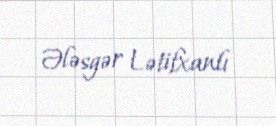
Ələsgər Lətifxanlı